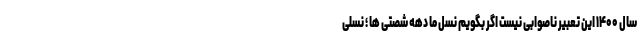
سال ۱۴۰۰ این تعبیر ناصوابی نیست اگر بگویم نسل ما دهه شصتی ها ؛ نسلی